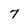
Character: 7